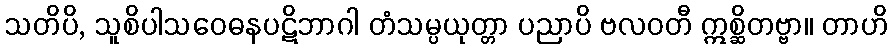
သတိပိ, သူစိပါသဝေဓနပဋိဘာဂါ တံသမ္ပယုတ္တာ ပညာပိ ဗလဝတီ ဣစ္ဆိတဗ္ဗာ။ တာဟိ